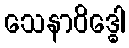
သေနာဝိဒ္ဓေါ